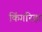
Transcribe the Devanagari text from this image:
किंगरिहा